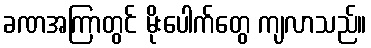
ခဏအကြာတွင် မိုးပေါက်တွေ ကျလာသည်။